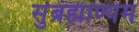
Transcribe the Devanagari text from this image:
सुब्रह्माण्यम